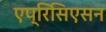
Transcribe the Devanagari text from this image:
एप्रिसिएसन